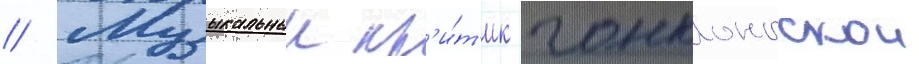
// Музыкальныи кр'и́т'ик гонконгскои